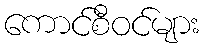
ကောင်စီဝင်များ